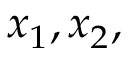
x _ { 1 } , x _ { 2 } ,